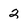
Character: 2